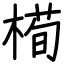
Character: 槆